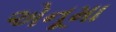
એનૂમા